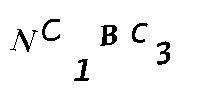
NC1BC3